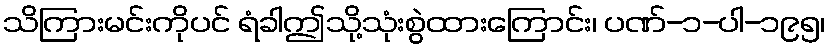
သိကြားမင်းကိုပင် ရံခါဤသို့သုံးစွဲထားကြောင်း၊ ပဏ်-၁-ပါ-၁၉၅၊